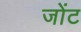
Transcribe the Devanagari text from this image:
जोंट